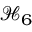
\mathcal { H } _ { 6 }